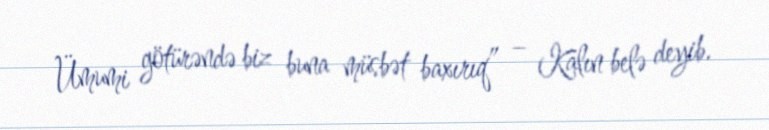
Ümumi götürəndə biz buna müsbət baxırıq” – Kalın belə deyib.